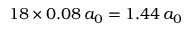
1 8 \times 0 . 0 8 \, a _ { 0 } = 1 . 4 4 \, a _ { 0 }